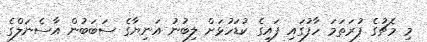
މި މެޗުގެ ފުރަތަމަ ހާފުގައި ފައިގެ ކުޑަހުޅަށް ލިބުނު އަނިޔާގެ ސަބަބުން އާސެނަލްގެ